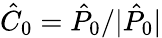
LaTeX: \hat{C}_{0}=\hat{P}_{0}/|\hat{P}_{0}|